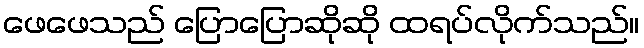
ဖေဖေသည် ပြောပြောဆိုဆို ထရပ်လိုက်သည်။